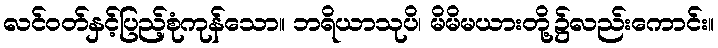
လင်ဝတ်နှင့်ပြည့်စုံကုန်သော။ ဘရိယာသုပိ၊ မိမိမယားတို့၌လည်းကောင်း။